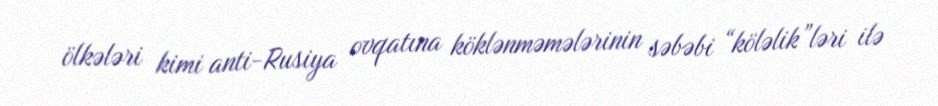
ölkələri kimi anti-Rusiya ovqatına köklənməmələrinin səbəbi “köləlik”ləri ilə